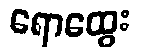
ရောထွေး